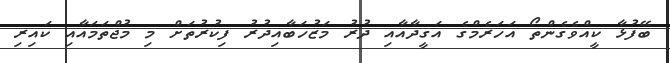
ބޭފުޅާ ކީއްވެގެންތޯ އަހަރެމްގެ އަގީދާއާއި ދުރު މަޒުހަބާއިދުރު ފިކުރުތަށް މި މުޖްތަމައާއި ކައިރި